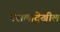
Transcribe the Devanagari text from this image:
नरालादेखील